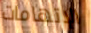
الإتهامات